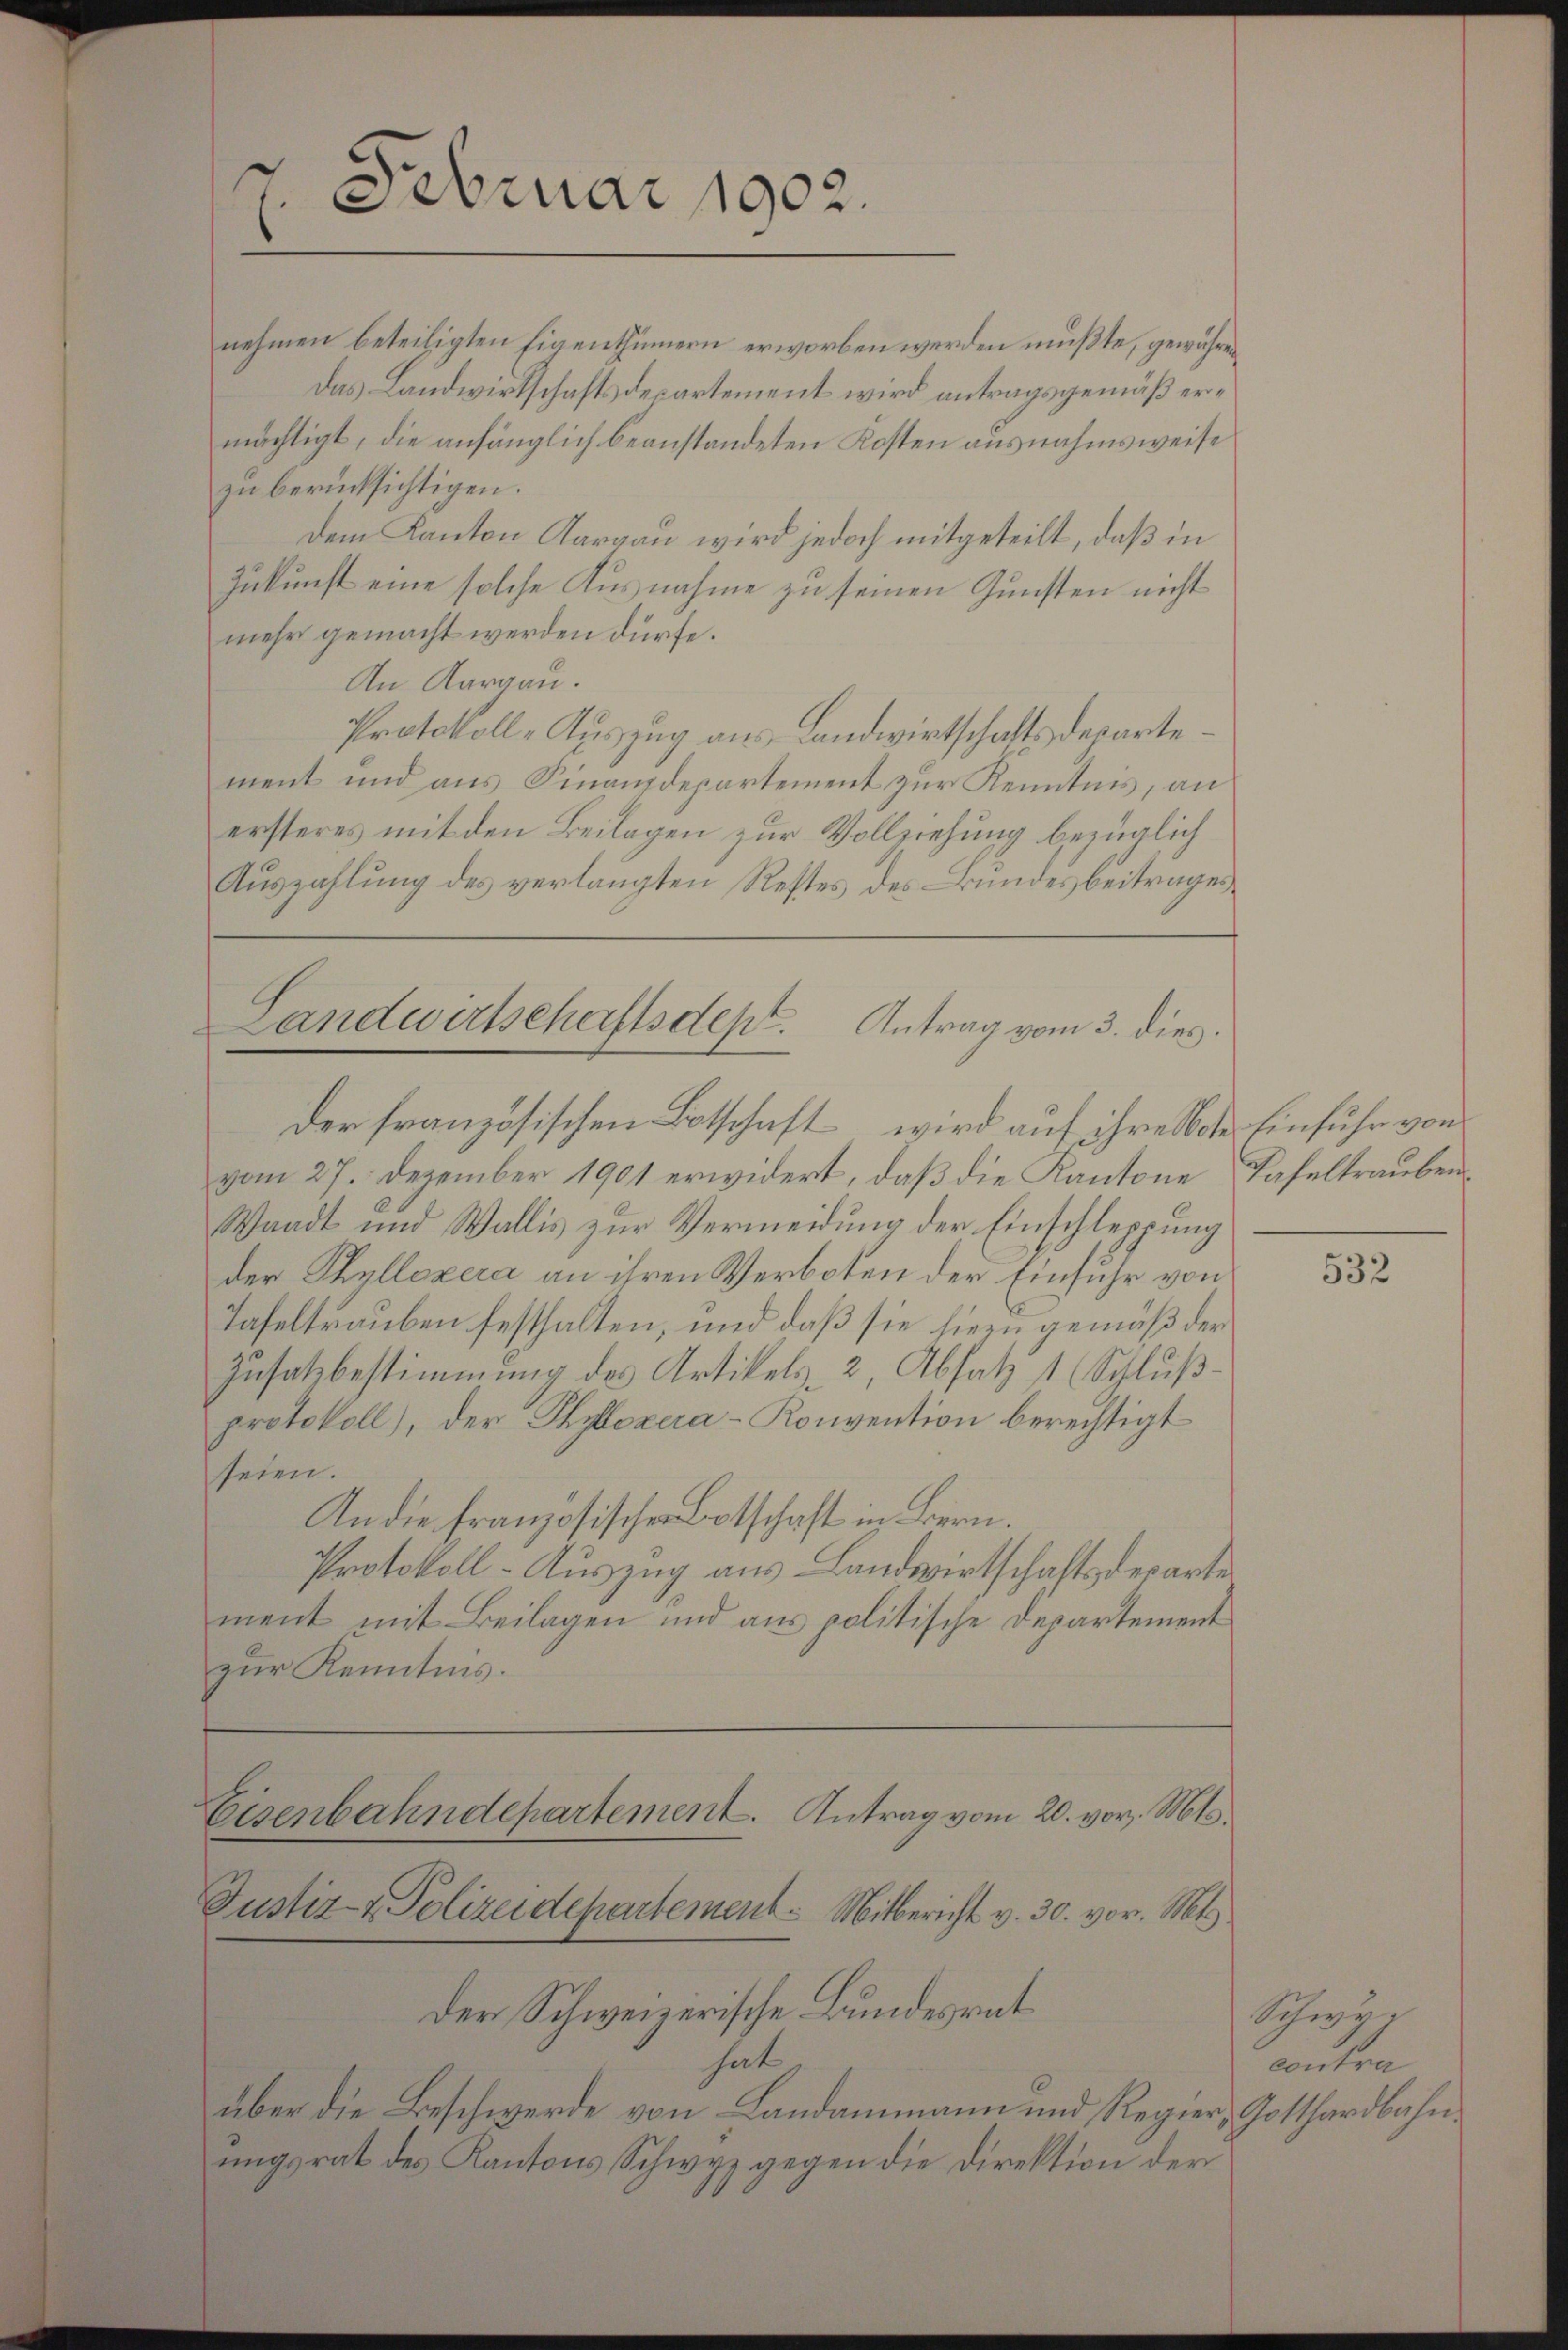
7. Februar 1902.

nehmen beteiligten Eigenthümern erworben werden mußte, gewähren
Das Landwirtschaftsdesartement wird antragsgemäß ermächtigt, die anfänglich beanstandeten Kosten ausnahmsweise
zu berücksichtigen.
Dem Kanton Aargau wird jedoch mitgeteilt, daß in
Zukunft eine solche Ausnahme zu seinen Gunsten nicht
mehr gemacht werden dürfe.
An Aargau.
Protokoll-Auszug aus Landwirtschaftsdepartement und aus Finanzdepartement zur Kenntnis, an
ersteres mit den Beilagen zur Vollziehung bezüglich
Auszahlung des verlangten Restes des Bundesbeitrages
der französischen Botschaft, wird auf ihre Noter Einfuhr von
vom 27. Dezember 1901 erwidert, daß die Kantone
Waadt und Wallis zur Vermeidung der Einschleppung
der Thallezera an ihren Verboten der Einfuhr von
Tafeltrauben festhalten, und daß sie hiezu gemäß der
Zusatzbestimmung des Artikels, 2, Absatz 1 (Schlußprotokoll), der Phyozera-Konvention berechtigt
seien.
An die französischen Botschaft in Bern.
Protokoll-Auszug aus Landwirtschaftsdeparte
ment mit Beilagen und aus politische Departement
zur Kenntnis.
Eisenbahndepartement. Antrag vom 20. vor. Mts.
Justiz- & Polizeidepartement. Mitbericht v. 30. vor. Mts.
Der Schweizerische Bundesrat
hat
über die Beschwerde von Landammann und Regier, Gotthardbahnŭngsrat des Kantons Schwyz gegen die Direktion der

Landwirtschaftsdept. Antrag vom 3. dies

Tafeltrauben.

532

Schwy
contra